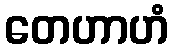
တေဟာဟံ